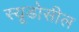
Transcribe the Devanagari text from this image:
स्यूडोसील